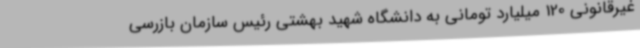
غیرقانونی 120 میلیارد تومانی به دانشگاه شهید بهشتی رئیس سازمان بازرسی